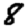
Digit: 8